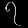
Digit: ၇